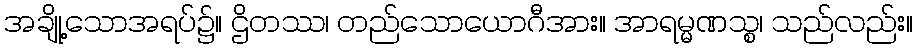
အချို့သောအရပ်၌။ ဌိတဿ၊ တည်သောယောဂီအား။ အာရမ္မဏသ္စ၊ သည်လည်း။